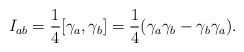
\begin{align*}I_{ab}={\frac 14}[\gamma _a,\gamma _b]={\frac 14}(\gamma _a\gamma _b-\gamma_b\gamma _a). \end{align*}